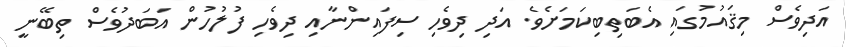
އަދިވެސް މިޤައުމުގައި އެބަތިބިކަމަށެވެ. އަދި ދިވެހި ސިފައިންނާއި ދިވެހި ފުލުހުން އަބަދުވެސް ތިބޭނީ